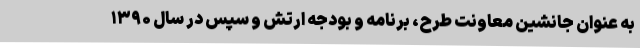
به عنوان جانشین معاونت طرح، برنامه و بودجه ارتش و سپس در سال ۱۳۹۰